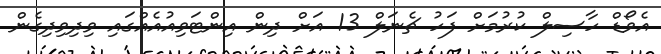
އެވޯޑް ހާސިލް ކުރުމަށް ފަހު ޗެނަލް 13 އަށް ދިން އިންޓަވިއުއެއްގައި ވިދިވިދިގެން